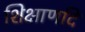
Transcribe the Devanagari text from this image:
शिक्षाणदि